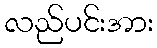
လည်ပင်းအား